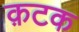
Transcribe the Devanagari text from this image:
क़टक